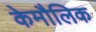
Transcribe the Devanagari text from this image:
केमौलिक